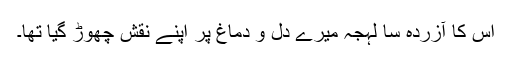
اس کا آزردہ سا لہجہ میرے دل و دماغ پر اپنے نقش چھوڑ گیا تھا۔